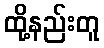
ထို့နည်းတူ